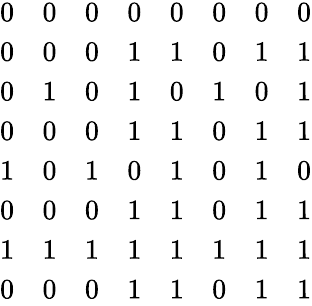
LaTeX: \begin{array}{cccccccc}{0}&{0}&{0}&{0}&{0}&{0}&{0}&{0}\\ {0}&{0}&{0}&{1}&{1}&{0}&{1}&{1}\\ {0}&{1}&{0}&{1}&{0}&{1}&{0}&{1}\\ {0}&{0}&{0}&{1}&{1}&{0}&{1}&{1}\\ {1}&{0}&{1}&{0}&{1}&{0}&{1}&{0}\\ {0}&{0}&{0}&{1}&{1}&{0}&{1}&{1}\\ {1}&{1}&{1}&{1}&{1}&{1}&{1}&{1}\\ {0}&{0}&{0}&{1}&{1}&{0}&{1}&{1}\end{array}